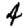
Digit: 4